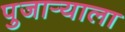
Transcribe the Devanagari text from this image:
पुजार्‍याला